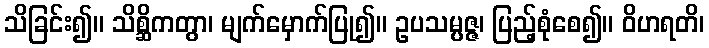
သိခြင်း၍။ သိစ္ဆိကတွာ၊ မျက်မှောက်ပြု၍။ ဥပသမ္ပဇ္ဇ၊ ပြည့်စုံစေ၍။ ဝိဟရတိ၊